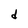
Character: d